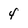
Character: 4